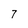
Character: 7